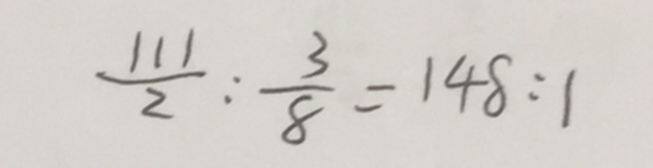
\frac { 1 1 1 } { 2 } : \frac { 3 } { 8 } = 1 4 8 : 1